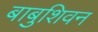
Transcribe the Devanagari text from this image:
बाबुशिवन